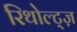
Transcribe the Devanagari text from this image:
रिथोल्ट्ज़